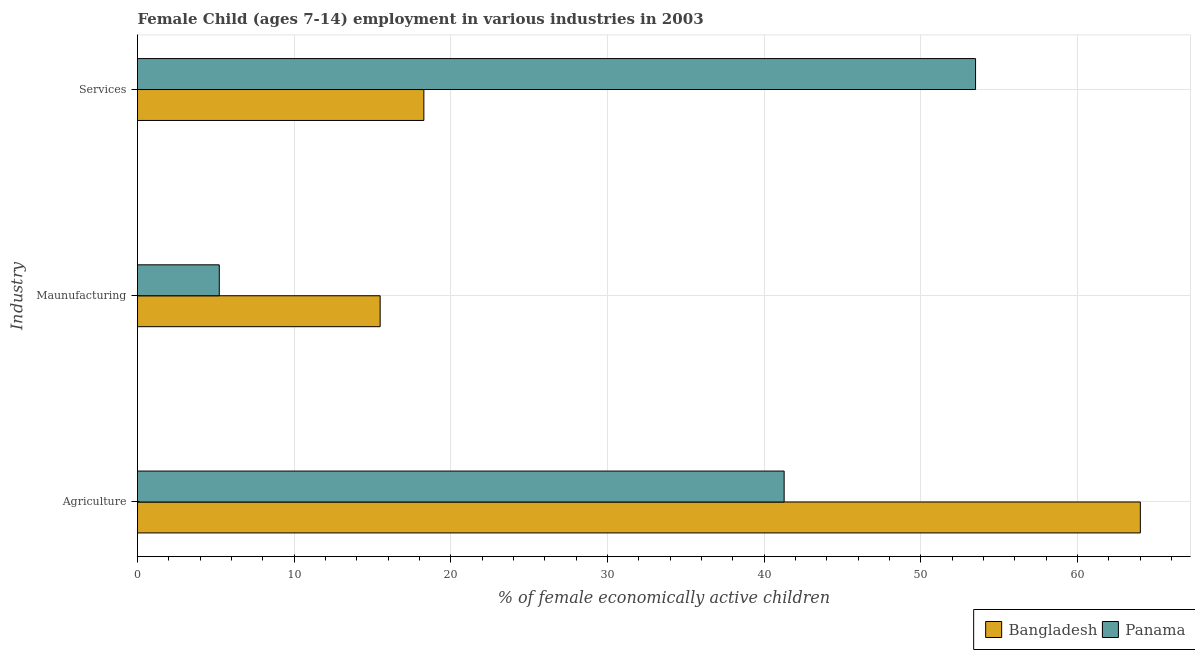
| Industry | Bangladesh | Panama |
 | --- | --- | --- |
 | Agriculture | 64 | 41.3 |
 | Maunufacturing | 15.5 | 5.22 |
 | Services | 18.3 | 53.5 |